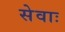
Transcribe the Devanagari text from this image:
सेवाः